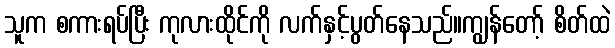
သူက စကားရပ်ပြီး ကုလားထိုင်ကို လက်နှင့်ပွတ်နေသည်။ကျွန်တော့် စိတ်ထဲ